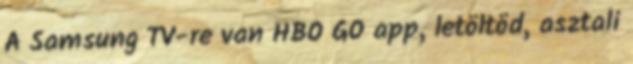
A Samsung TV-re van HBO GO app, letöltöd, asztali